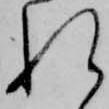
れ